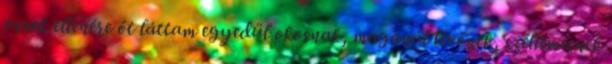
ennek ellenére őt láttam e­gyedül okosnak, magánál lévő­nek, szellemesnek